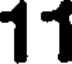
11